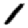
Digit: 1